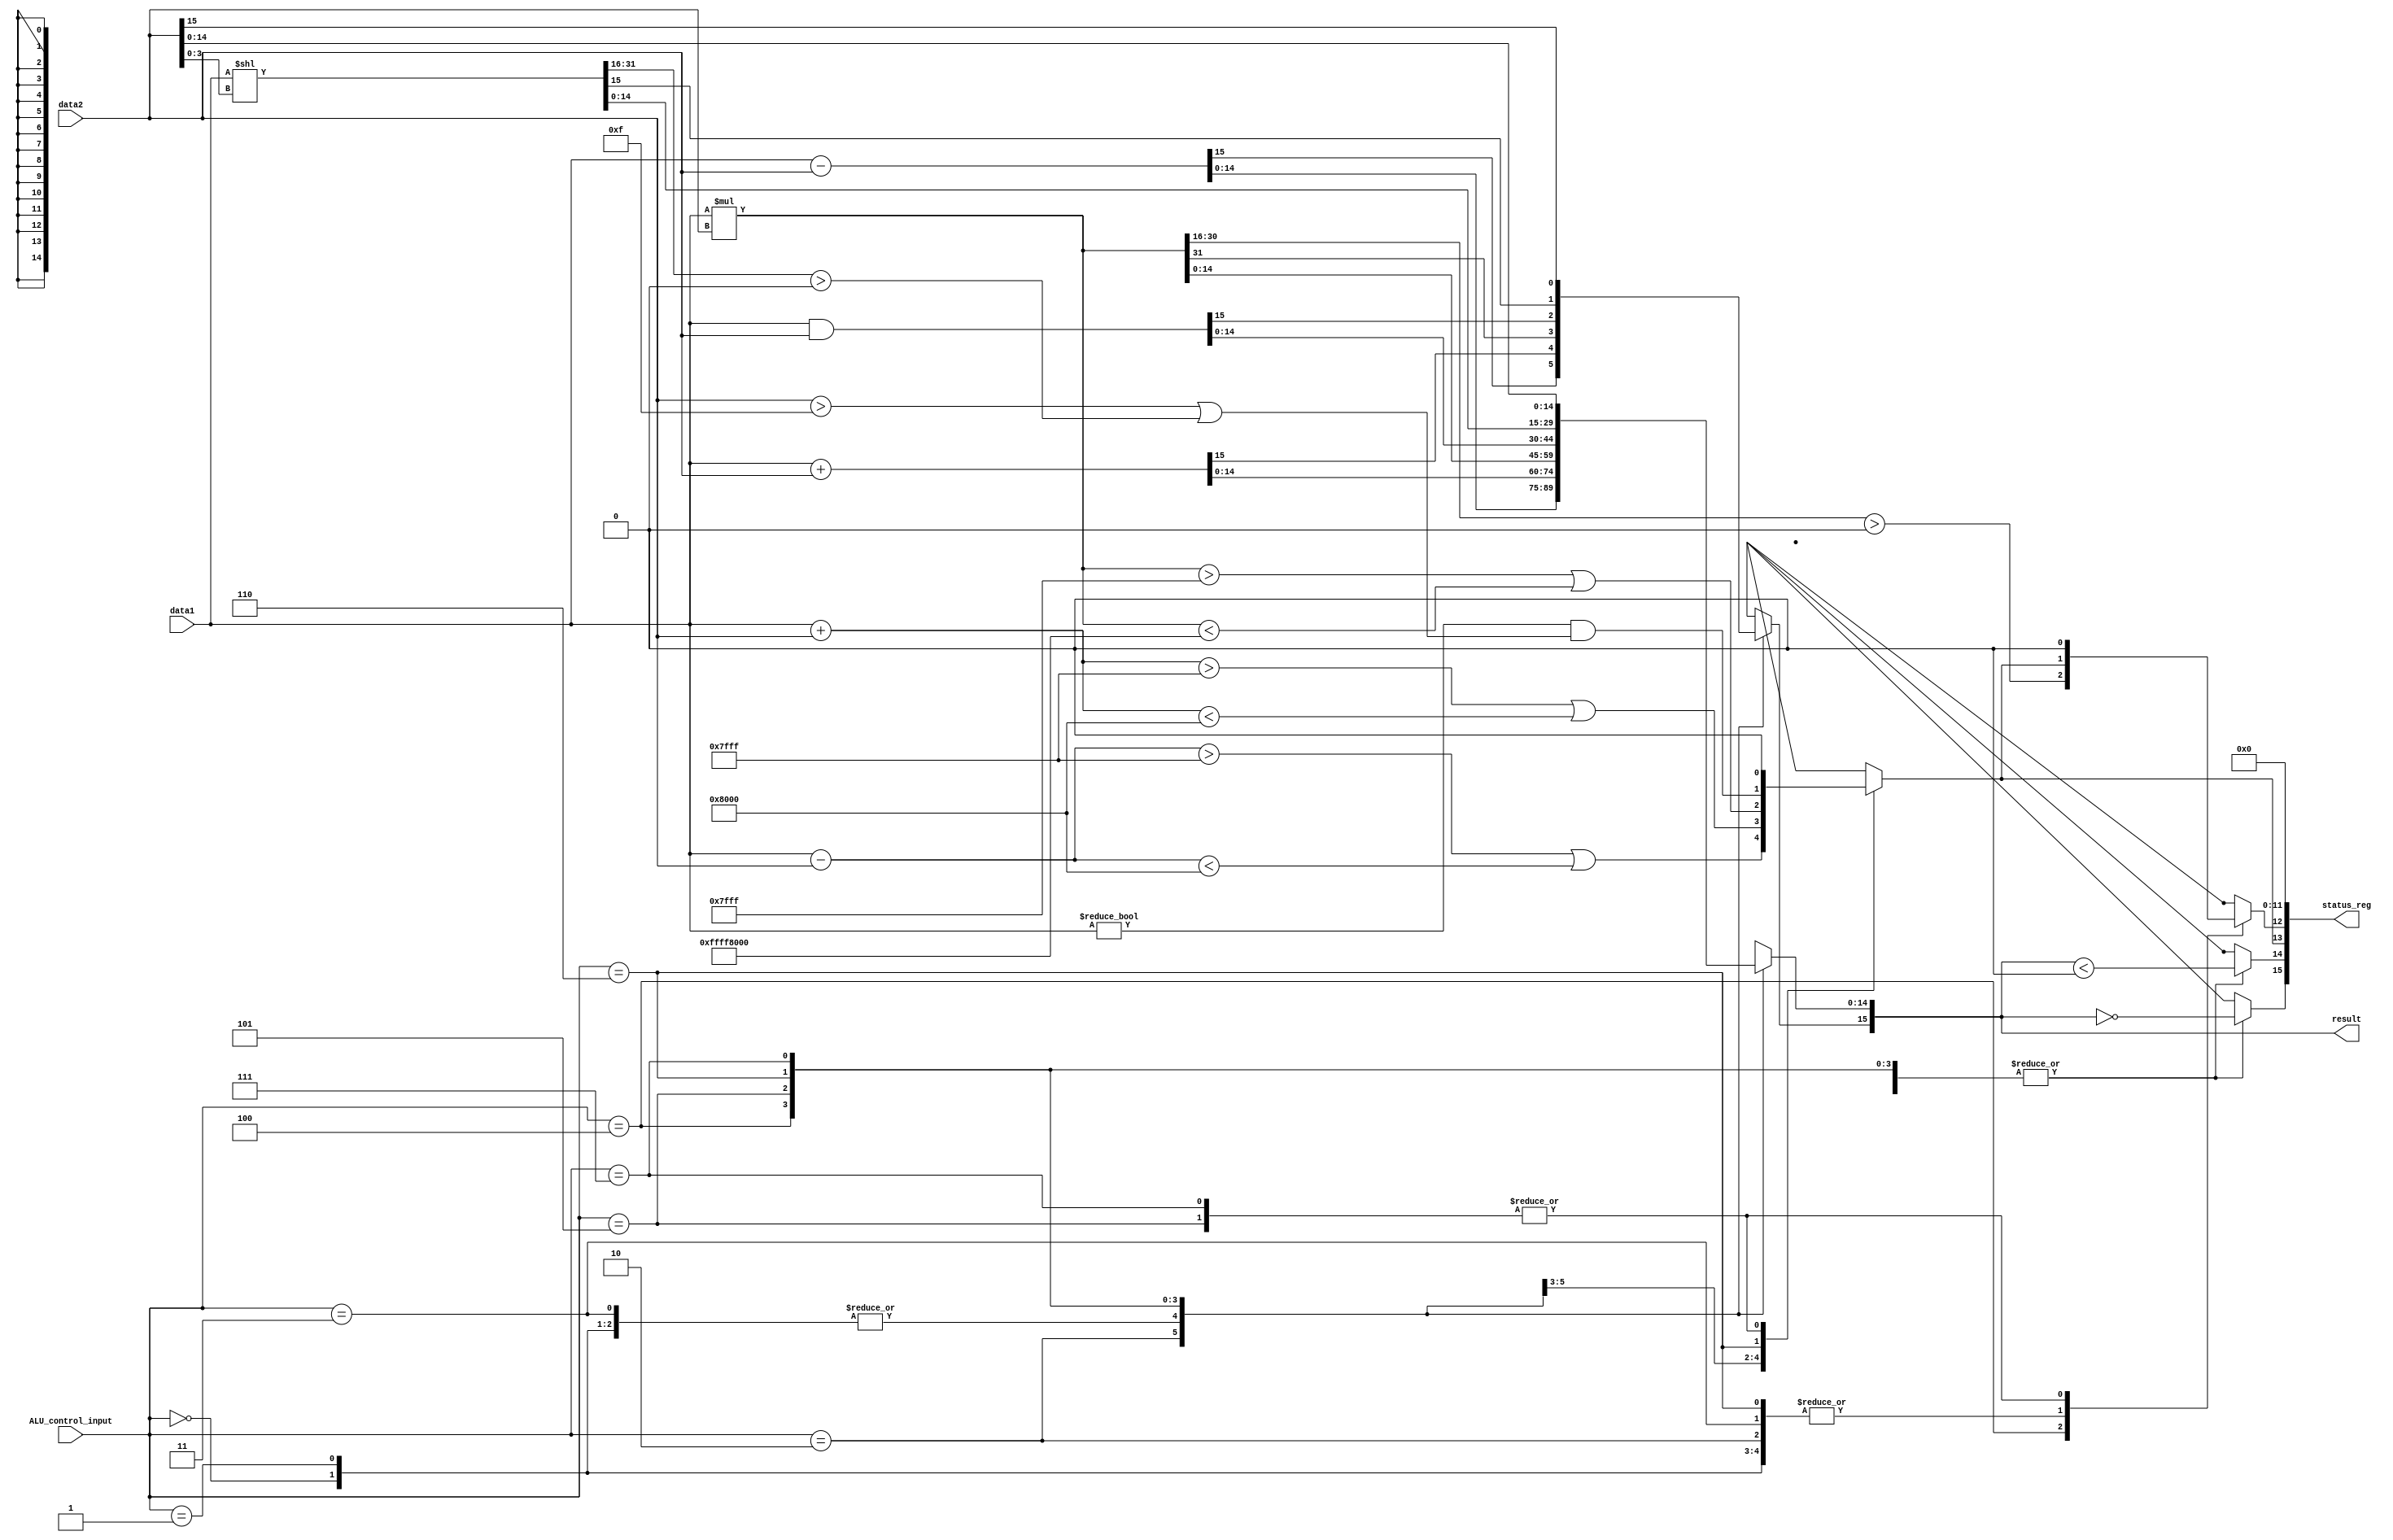
module ALU (
	input signed [15:0] data1,
	input signed [15:0] data2,
	output[15:0] status_reg,
	output[15:0] result,
	input[2:0] ALU_control_input
);
	reg signed[15:0] outpt;
	reg[3:0] flags;

	assign result = outpt;
	assign status_reg[11:0] = 0;
	assign status_reg[15:12] = flags;
	

	// mul and sli need to be calculated outside
	wire[31:0] mul, sll;
	assign mul = data1*data2;
	assign sll = data1 << data2[3:0];

	always @ * begin
		case (ALU_control_input)
			3'b000: begin
				outpt <= data1 + data2;
			// handle status register for addition
				flags[3] <= outpt == 0;
				flags[2] <= outpt < 0;
				// overflow happens if adding them pass the integer limit
				flags[1] <= (data1+data2 > 32767 || data1+data2 < -32768);
				flags[0] <= flags[1]; // what is the difference between carry-overflow?
			end

			3'b001: begin
				outpt <= data1 + data2; //TODO Find if we can do this, for now its "Add r1 r2 r3"
			// handle status register for addition
				flags[3] <= outpt == 0;
				flags[2] <= outpt < 0;
				// overflow happens if adding them pass the integer limit
				flags[1] <= (data1+data2 > 32767 || data1+data2 < -32768);
				flags[0] <= flags[1]; // what is the difference between carry-overflow?
			end

			3'b010: begin
				outpt <= data1 - data2;
			// handle status register for subtraction
				flags[3] <= outpt == 0;
				flags[2] <= outpt < 0;
				// overflow happens if subtracting them pass the integer limit
				flags[1] <= (data1-data2 > 32767 || data1-data2 < -32768);
				flags[0] <= flags[1]; // what is the difference between carry-overflow?
			end

			3'b011: begin
				outpt <= data1 + data2;
			// handle status register for addition
				flags[3] <= outpt == 0;
				flags[2] <= outpt < 0;
				// overflow happens if adding them pass the integer limit
				flags[1] <= (data1+data2 > 32767 || data1+data2 < -32768);
				flags[0] <= flags[1]; // what is the difference between carry-overflow?
			end

			3'b100: begin
				outpt[15] <= mul[31];
				outpt[14:0] <= mul[14:0];
			// handle status register for multiplication
				flags[3] <= outpt == 0;
				flags[2] <= outpt < 0;
				flags[1] <= (mul > 32767 || mul < -32768);
				// we take LSB of the multiplication, then what will be the Carry Flag??
				// Is it MSB > 0??
				flags[0] <= mul[30:16] > 0;
			end

			3'b101: begin
				outpt <= data1 & data2;
			// handle status register
				flags[3] <= outpt == 0;
				flags[2] <= outpt < 0;
				flags[1] <= 0;
				flags[0] <= 0;
			end

			3'b110: begin
				outpt <= sll;
			// handle status register for shift left carry
				flags[3] <= outpt == 0;
				flags[2] <= outpt < 0;
				// overflow happens if any bit goes pass the 16-bit-limit for data1
				flags[1] <= (data1 != 0) && ((data2 > 15) || sll[31:16] > 0);
				flags[0] <= flags[1];
			end

			3'b111: begin
				outpt <= data2;
			// handle status register
				flags[3] <= outpt == 0;
				flags[2] <= outpt < 0;
				flags[1] <= 0;
				flags[0] <= 0;
			end
		endcase
	end
endmodule